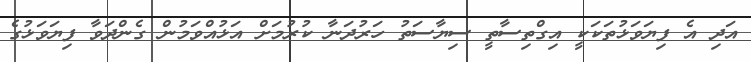
އަދި އެ ފިޔަވަޅުތަކަކީ އިގްތިސާތީ ސިޔާސަތު ހަރުދަނާ ކުރުމަށް އަޅުއްވަމުން ގެންދަވާ ފިޔަވަޅުގެ